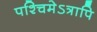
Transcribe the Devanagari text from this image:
पश्चिमेऽत्रापि